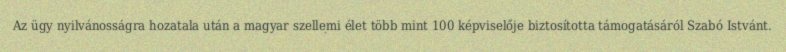
Az ügy nyilvánosságra hozatala után a magyar szellemi élet több mint 100 képviselője biztosította támogatásáról Szabó Istvánt.